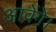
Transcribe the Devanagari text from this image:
आवेंगे।